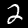
Label: 2